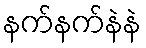
နက်နက်နဲနဲ